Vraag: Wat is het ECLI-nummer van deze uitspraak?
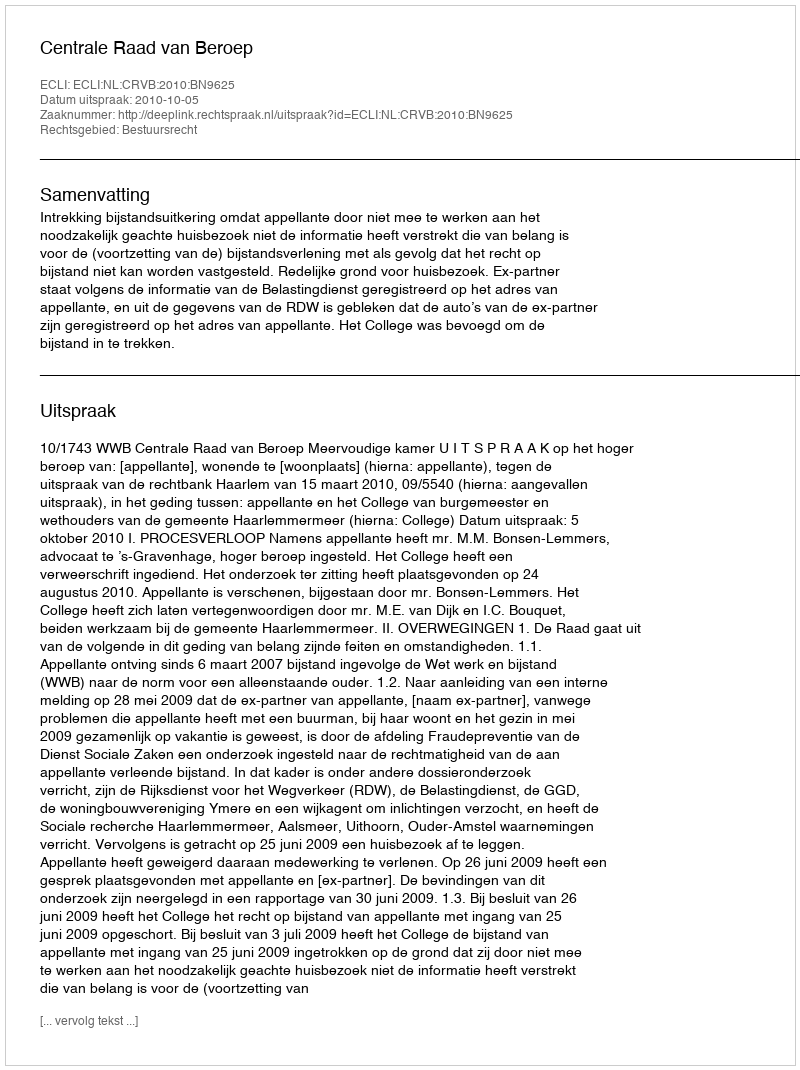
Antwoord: ECLI:NL:CRVB:2010:BN9625